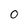
Character: 0